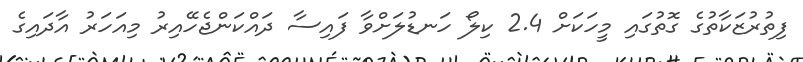
ފިތުރުޒަކާތުގެ ގޮތުގައި މީހަކަށް 2.4 ކިލޯ ހަނޑުލަށްވާ ފައިސާ ދައްކަންޖެހޭއިރު މިއަހަރު އާދައިގެ